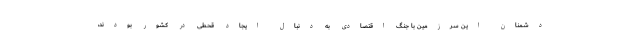
دشمنان این سرزمین با جنگ اقتصادی به دنبال ایجاد قحطی در کشور بودند،